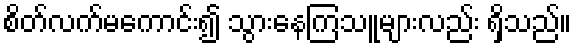
စိတ်လက်မကောင်း၍ သွားနေကြသူများလည်း ရှိသည်။